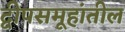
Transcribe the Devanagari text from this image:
द्वीपसमूहांतील